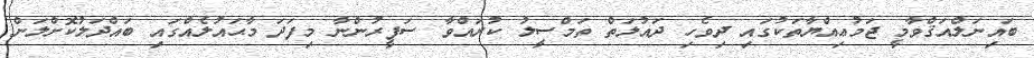
ބައިނަލްއަޤްވާމީ ޖަމުޢިއްޔާތަކުގައި ދިވެހި ދައުލަތް ތަމްސީލު ކުރައްވާ ސަފީރުންނާ މިފަދަ މާޙައުލެއްގައި ބައްދަލުކޮށްލަން